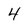
Character: 4